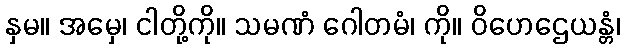
နှမ။ အမှေ၊ ငါတို့ကို။ သမဏံ ဂေါတမံ၊ ကို။ ဝိဟေဌေယန္တံ၊